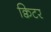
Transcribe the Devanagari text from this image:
क्विटर